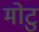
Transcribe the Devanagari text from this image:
मोटु